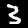
Label: 3